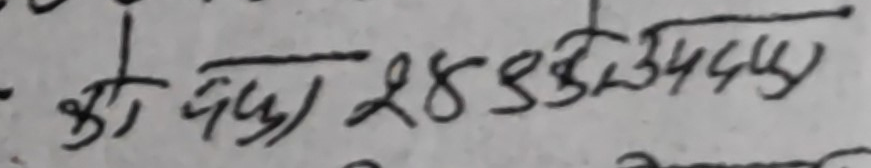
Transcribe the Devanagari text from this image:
को छुक्का 2883334444